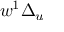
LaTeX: w ^ { 1 } \Delta _ { u }